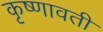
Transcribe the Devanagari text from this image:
कृष्णावती